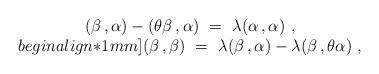
LaTeX: \begin{align*} \begin{array}{c} (\beta \,, \alpha) - (\theta\beta \,, \alpha)~ =~\lambda (\alpha \,, \alpha)~, \\begin{align*}1mm] (\beta \,, \beta)~ =~\lambda (\beta \,, \alpha) - \lambda (\beta \,, \theta\alpha)~, \end{array}\end{align*}